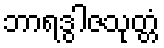
ဘာရဒွါဇသုတ္တံ